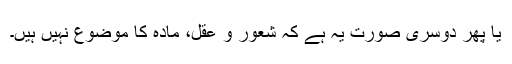
یا پھر دوسری صورت یہ ہے کہ شعور و عقل، مادہ کا موضوع نہیں ہیں۔